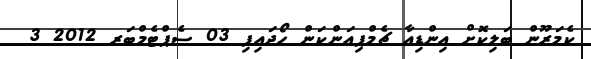
ކެމަރޫން ބަލިކޮށް އިންޑިއާ ޗެމްޕިއަންކަން ހޯދައިފި 03 ސެޕްޓެމްބަރ 2012 3